Malaria in the Andamans - Number 56
Disease focus: Malaria
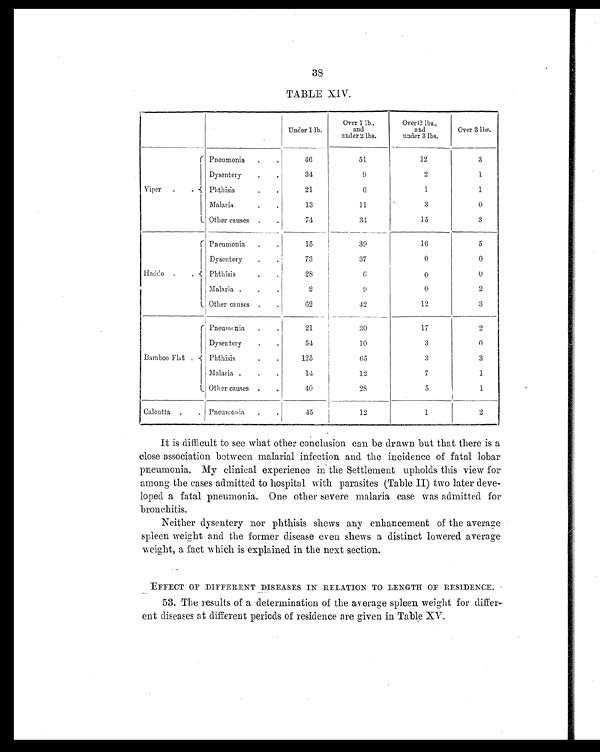
3
8
TABLE XIV.
Under 1 lb.
Over 1 lb.,
and
under 2 lbs.
Over 12 lbs.,
and
under 3 lbs.
Over 3 lbs.
I
Viper . .
Pneumonia.
.
46
51
12
3
Dysentery
.
.
34
9
2
1
Phthisis
21
6
1
1
Malaria
13
11
3
0
Other causes
74
34
15
3
H
a d d o
Pneumonia .
.
15
39
16
5
Dysentery
.
73
37
0
0
Phthisis
28
6
0
0
Malaria .
.
.
2
9
0
2
Other causes .
.
62
42
12
3
Bamboo Flat .
Pneumonia .
21
30
17
2
Dysentery
.
.
54
10
3
0
Phthisis
125
65
3
3
Malaria .
.
.
14
12
7
1
Other causes . ..
40
28
5
1
Calcutta .
. Pneumonia .
.
45
12
1
2
It is difficult to see what other conclusion can be drawn but that there is a
close association between malarial infection and the incidence of fatal lobar
pneumonia. My clinical experience in the Settlement upholds this view for
among the cases admitted to hospital with parasites (Table II) two later deve-
loped a fatal pneumonia. One other severe malaria case was admitted for
bronchitis.
Neither dysentery nor phthisis shews any enhancement of the average
spleen weight and the former disease even shews a distinct lowered average
weight, a fact which is explained in the next section.
EFFECT OF DIFFERENT DISEASES IN RELATION TO LENGTH OF RESIDENCE.
53. The results of a determination of the average spleen weight for differ-
ent diseases at different periods of residence are given in Table XV.